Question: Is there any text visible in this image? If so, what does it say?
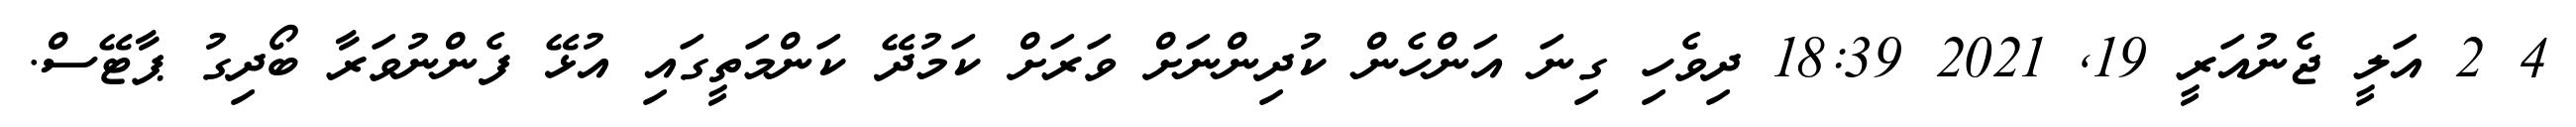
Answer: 4 2 އަލީ ޖެނުއަރީ 19, 2021 18:39 ދިވެހި ގިނަ އަންހެން ކުދިންނަށް ވަރަށް ކަމުދޭ ކަންމަތީގައި އުޅޭ ފެންނުވަރާ ބޯދިގު ޕާޓޭސް.